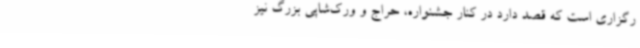
رگزاری است که قصد دارد در کنار جشنواره، حراج و ورک‌شاپی بزرگ نیز